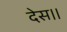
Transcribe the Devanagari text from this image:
देस।।